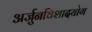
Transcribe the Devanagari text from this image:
अर्जुनविशादयोग